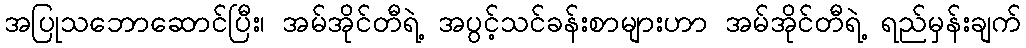
အပြုသဘောဆောင်ပြီး၊ အမ်အိုင်တီရဲ့ အပွင့်သင်ခန်းစာများဟာ အမ်အိုင်တီရဲ့ ရည်မှန်းချက်